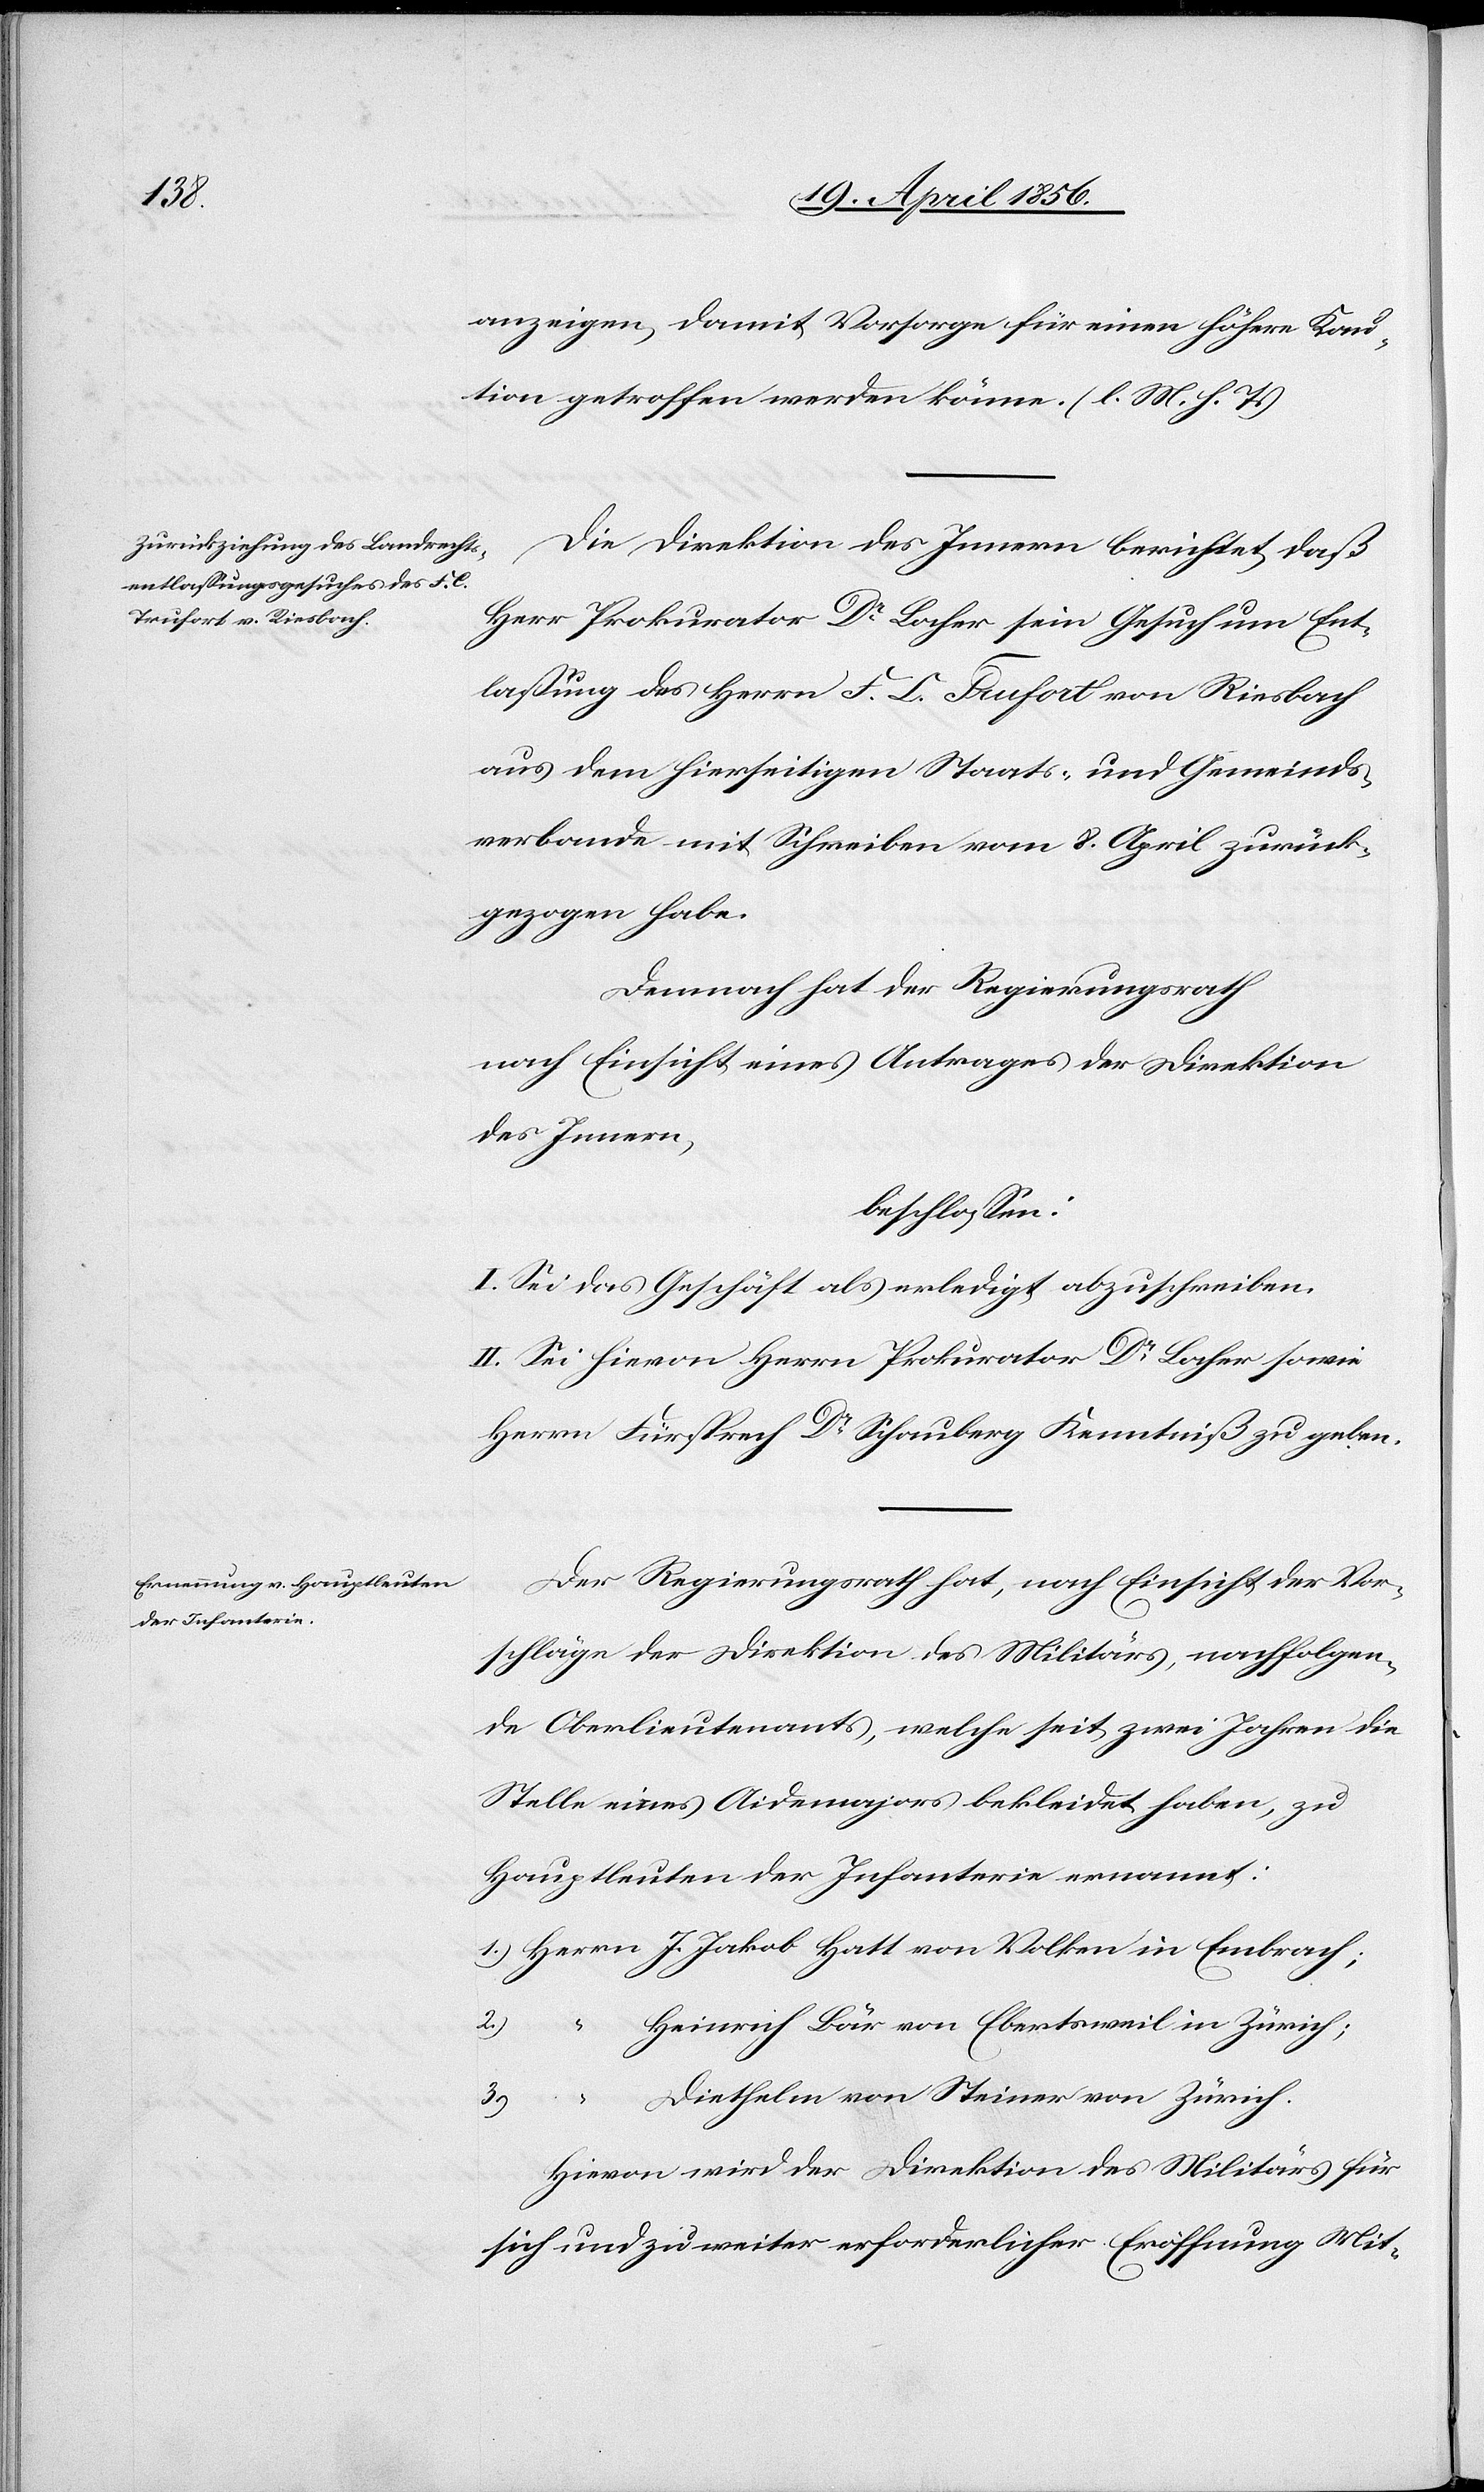
anzeigen, damit Vorsorge für einen höhere Kau¬
tion getroffen werden könne. (l. M. h. T.)
Die Direktion des Innern berichtet, daß
Herr Prokurator Dr Locher sein Gesuch um Ent¬
lassung des Herrn F. C. Trufort von Riesbach
aus dem hierseitigen Staats- und Gemeinds¬
verbande mit Schreiben vom 8. April zurück¬
gezogen habe.
Demnach hat der Regierungsrath
nach Einsicht eines Antrages der Direktion
des Innern,
beschlossen:
I. Sei das Geschäft als erledigt abzuschreiben.
II. Sei hievon Herrn Prokurator Dr Locher sowie
Herrn Fürsprech Dr Schauberg Kenntniß zu geben.
Der Regierungsrath hat, nach Einsicht der Vor¬
schläge der Direktion des Militärs, nachfolgen¬
de Oberlieutenants, welche seit zwei Jahren die
Stelle eines Aidemajors bekleidet haben, zu
Hauptleuten der Infanterie ernannt:
1.) Herrn J. Jakob Hatt von Volken in Embrach;
Heinrich Bär von Ebertsweil in Zürich;
Diethelm von Steiner von Zürich.
Hievon wird der Direktion des Militärs für
sich und zu weiter erforderlicher Eröffnung Mit-